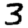
Digit: 3